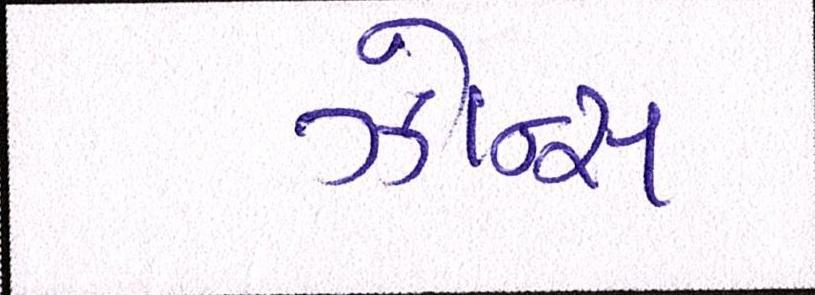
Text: ઝોન્સ